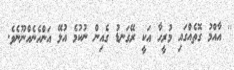
'' އާއްމު ގޮތެއްގައި މުރީހާ އަކީ ރޭގަނޑު ގެއިން ނުކުމެ އުޅޭ އަންހެނެއްނޫނެވެ.